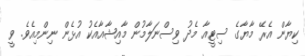
ކިޔާން އެރޭ މާޔާގެ ސިޓީއާ މެދު ވިސްނަލާމުން މާއިޝާއާއެކު އުޅެން ނިންމިއެވެ. ވީ